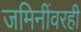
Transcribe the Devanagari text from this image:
जमिनींवरही